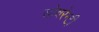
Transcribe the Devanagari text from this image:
सोवरेन्टी